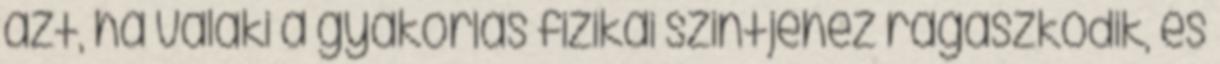
azt, ha valaki a gyakorlás fizikai szintjéhez ragaszkodik, és